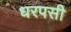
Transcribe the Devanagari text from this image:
धरपसी